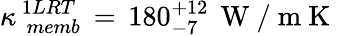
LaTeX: \kappa_{\, \, memb}^{\, 1LRT}\, =\, 180_{-7}^{+12}\, \mathrm{~W~/~m~K~}